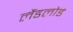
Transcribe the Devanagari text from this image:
लैंडलोर्ड